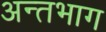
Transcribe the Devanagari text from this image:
अन्तभाग